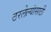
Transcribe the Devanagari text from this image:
ठरलेल्यांसाठी